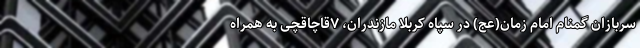
سربازان گمنام امام زمان(عج) در سپاه کربلا مازندران، ۷قاچاقچی به همراه